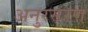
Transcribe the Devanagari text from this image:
अनुरसरण